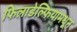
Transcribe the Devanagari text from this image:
फिलाडेल्फियामधून